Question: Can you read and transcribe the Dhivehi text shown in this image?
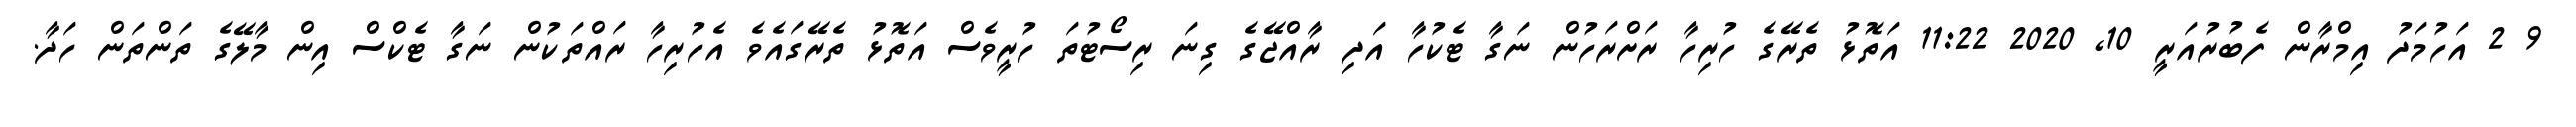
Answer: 9 2 އަހުމަދު އިމްރާން ފެބުރުއަރީ 10, 2020 11:22 އަތޮޅު ތެރޭގެ ހުރިހާ ރަށްރަހުން ނަގާ ޓެކުހާ އަދި ރާއްޖޭގެ ގިނަ ރިސޯޓުތަ ހުރީވެސް އަތޮޅު ތެރޭގައެވެ އެހުރިހާ ރައްތަކުން ނަގާ ޓެކްސް އިން މާލޭގެ ތަންތަން ހަދާ.